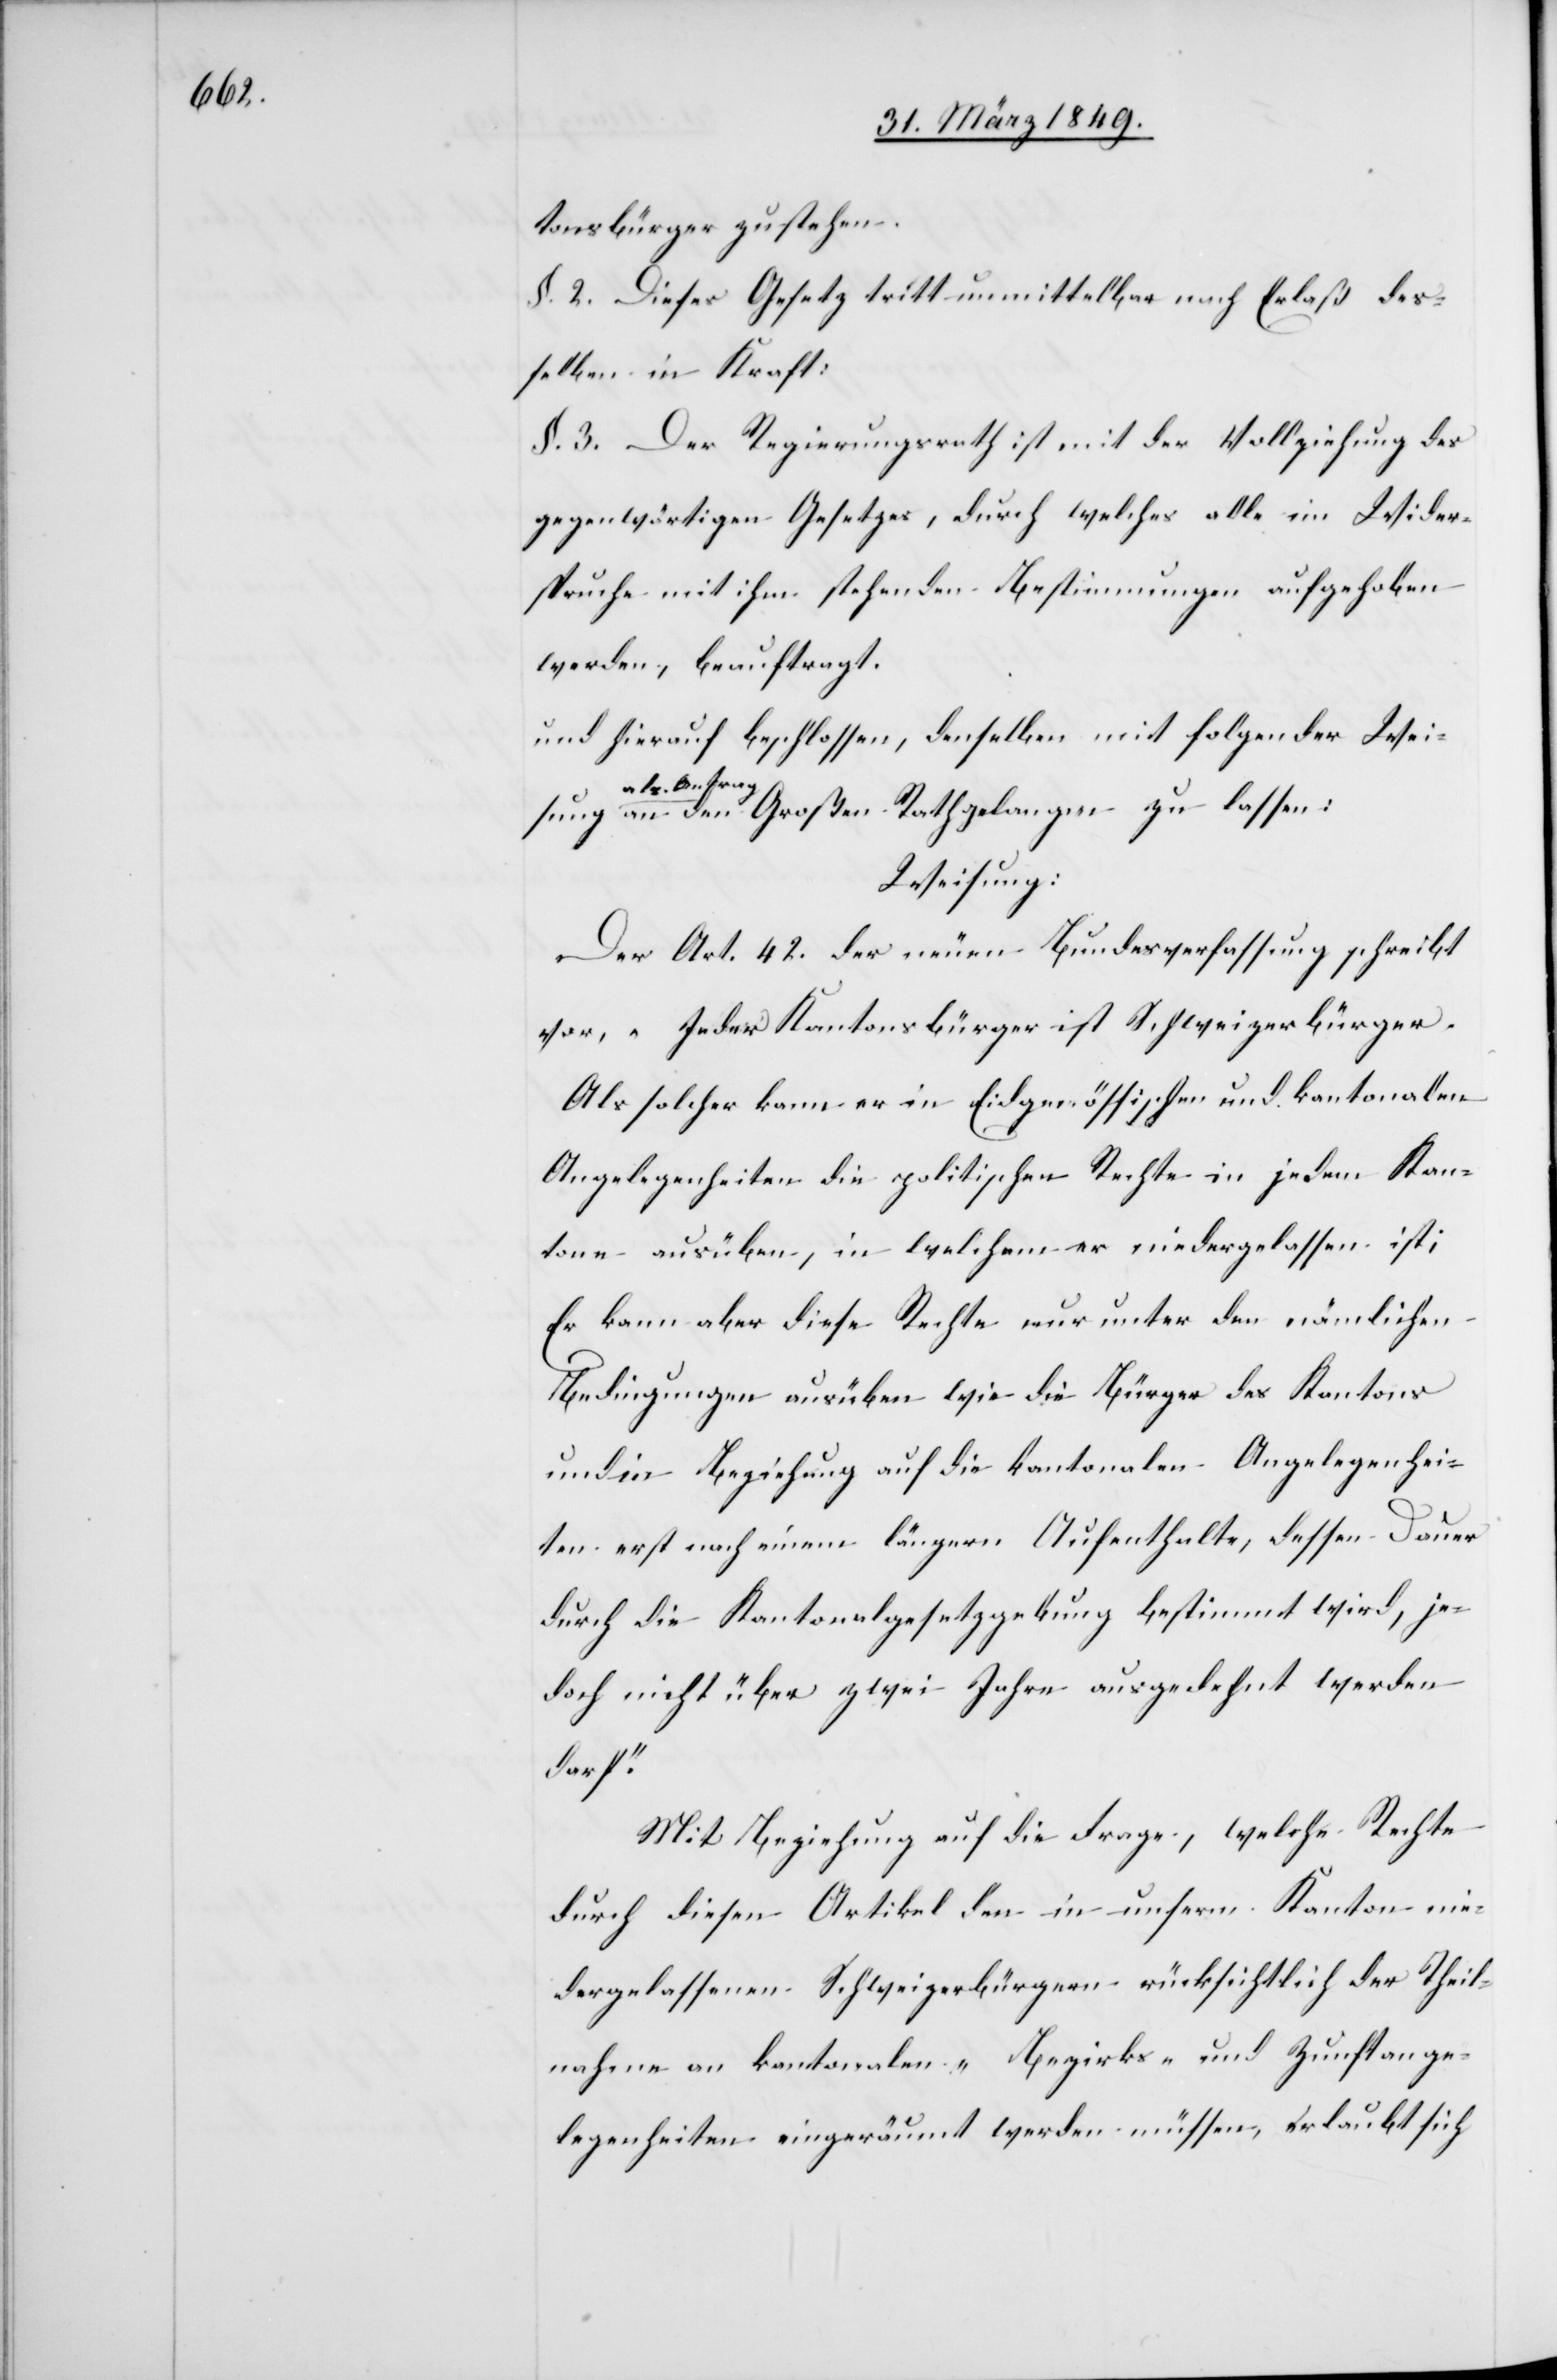
tonsbürger zustehen.
§. 2. Dieses Gesetz tritt unmittelbar nach Erlaß des¬
selben in Kraft.
§. 3. Der Regierungsrath ist mit der Vollziehung des
gegenwärtigen Gesetzes, durch welches alle im Wider¬
spruche stehenden Bestimmungen aufgehoben
werden, beauftragt.
und hierauf beschlossen, denselben mit folgender Weis¬
ung als Antra¬
g an den Großen Rath gelangen zu lassen:
Weisung:
Der Art. 42. der neuen Bundesverfassung schreibt
vor, „Jeder Kantonsbürger ist Schweizerbürger.
Als solcher kann er in Eidgenössischen und kantonalen
Angelegenheiten die politischen Rechte in jedem Kan¬
ton ausüben, in welchem er niedergelassen ist;
Er kann aber diese Rechte nur unter den nämlichen
Bedingungen ausüben wie die Bürger des Kantons
und in Beziehung auf die kantonalen Angelegenhei¬
t erst nach einem längern Aufenthalt, dessen Dauer
durch die Kantonalgesetzgebung bestimmt wird, je¬
doch nicht über zwei Jahre ausgedehnt werden
darf.“
Mit Beziehung auf die Frage, welche Rechte
durch diesen Artikel den in unserm Kanton nie¬
dergelassenen Schweizerbürgern rücksichtlich der Theil¬
nahme an kantonalen- Bezirks- und Zunftange¬
legenheiten eingeräumt werden müssen, erlaubt sich